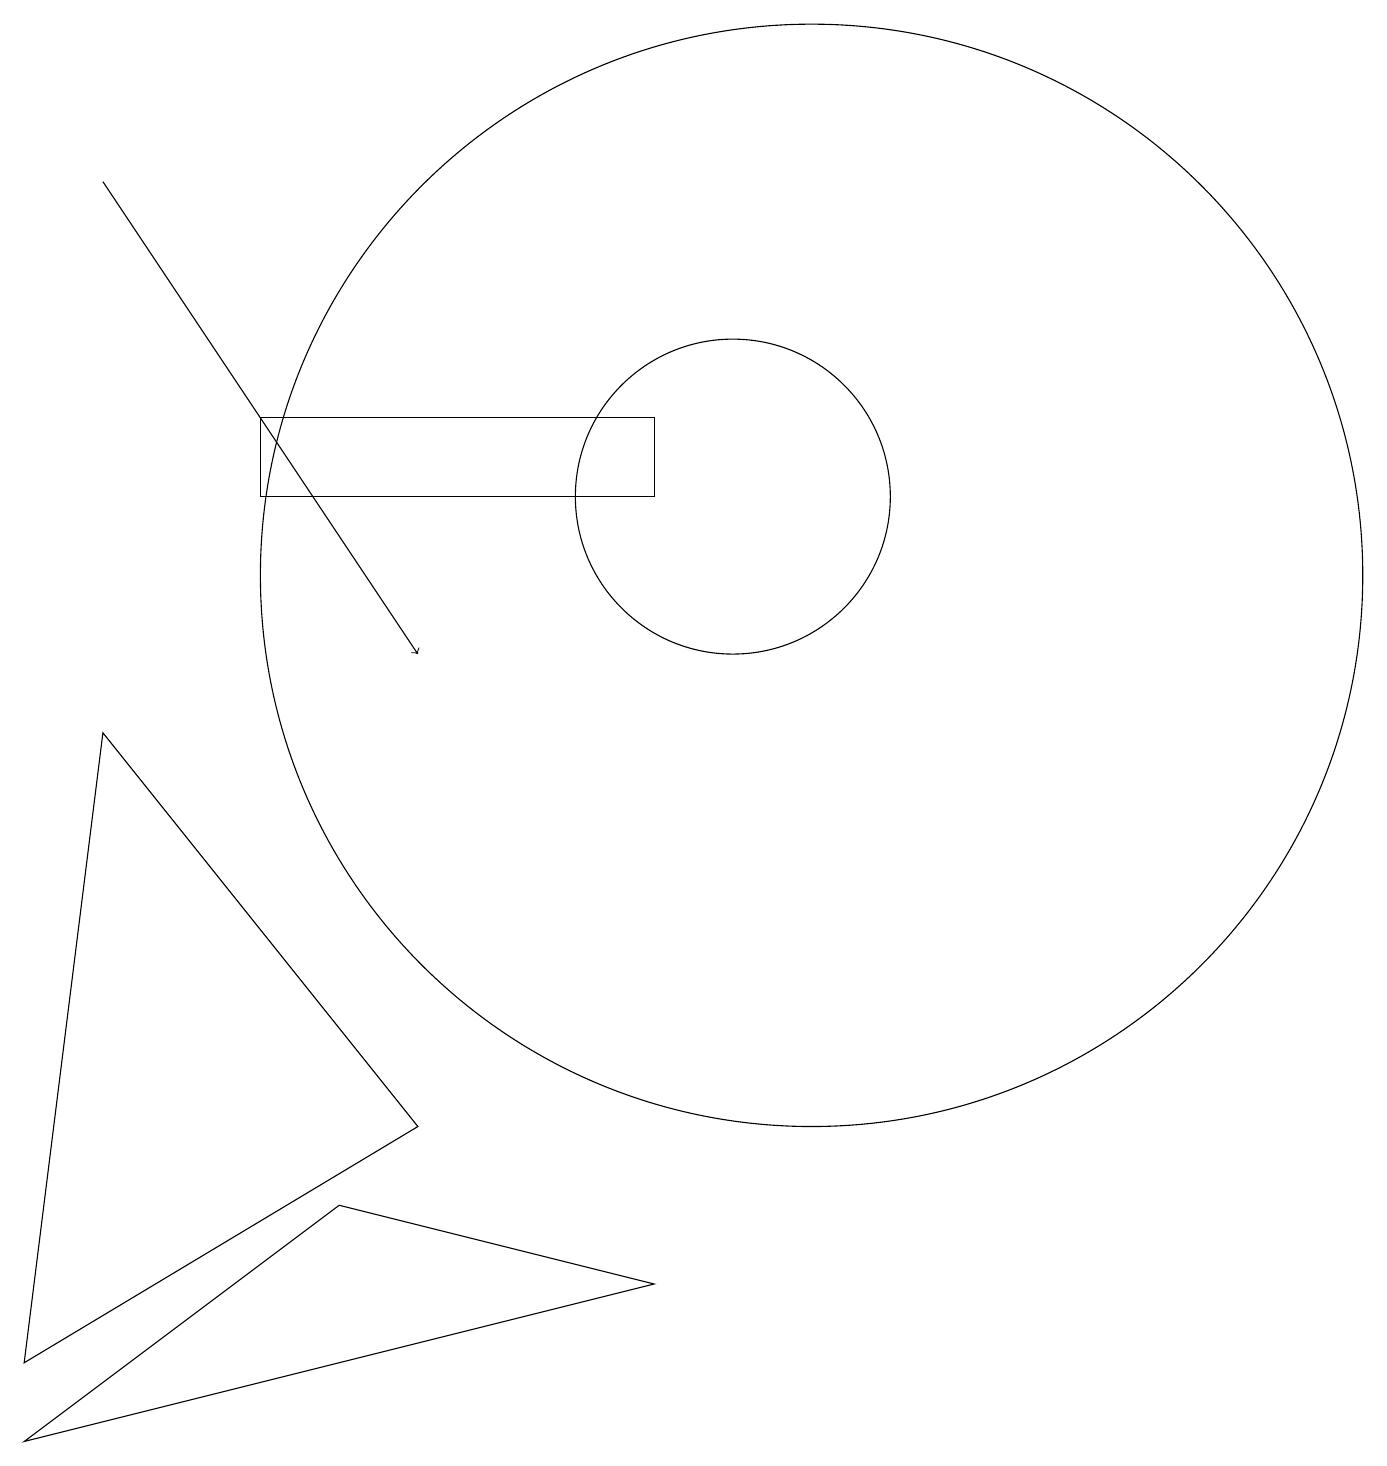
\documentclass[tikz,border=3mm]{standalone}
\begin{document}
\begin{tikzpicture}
\draw (5,3) -- (9,2) -- (1,0) -- cycle;
\draw (9,12) rectangle (4,13);
\draw (11,11) circle (7);
\draw[->] (2,16) -- (6,10);
\draw (10,12) circle (2);
\draw (2,9) -- (1,1) -- (6,4) -- cycle;
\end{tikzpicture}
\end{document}